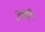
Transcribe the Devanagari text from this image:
हेस्टि